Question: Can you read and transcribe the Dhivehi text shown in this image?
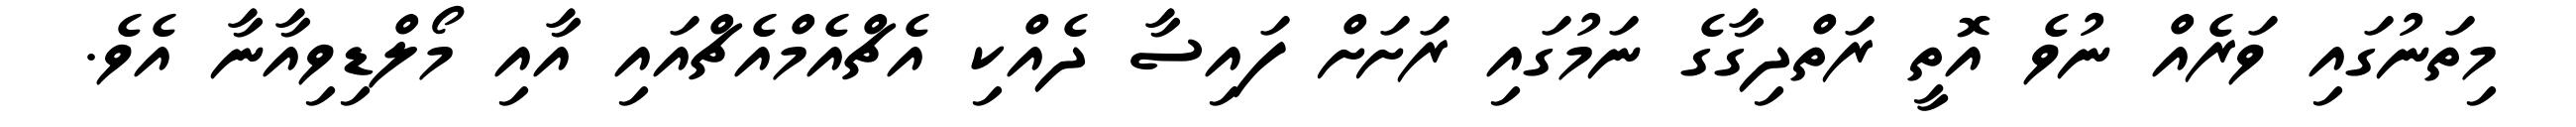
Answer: މިތަނުގައި ވަރެއް ނުވެ އޮތީ ރަތްދިގާގެ ނަމުގައި ރަށަށް ފައިސާ ދެއްކި އެޗްއެމްއެޗްއައި އާއި މޯލްޑިވިއާނާ އެވެ.